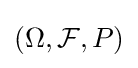
\textstyle (\Omega ,{\mathcal {F}},P)